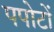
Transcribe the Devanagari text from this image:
पपोटों